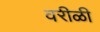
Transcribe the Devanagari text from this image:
वरीळी